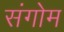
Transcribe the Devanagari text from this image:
संगोम